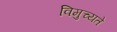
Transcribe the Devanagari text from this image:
विमुच्यते